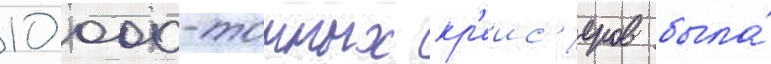
10 000-тонных кр'еис'еров была́